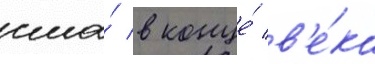
сша́ в конце́ в'е́ка